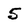
Character: 5